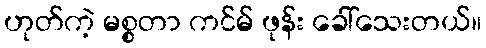
ဟုတ်ကဲ့ မစ္စတာ ကင်မ် ဖုန်း ခေါ်သေးတယ်။